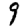
Digit: 9